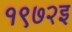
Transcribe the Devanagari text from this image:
१९७२इ